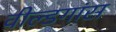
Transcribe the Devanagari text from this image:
वील्डगांस